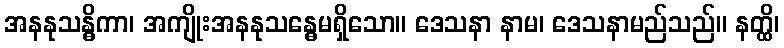
အနနုသန္ဓိကာ၊ အကျိုးအနနုသန္ဓေမရှိသော။ ဒေသနာ နာမ၊ ဒေသနာမည်သည်။ နတ္ထိ၊